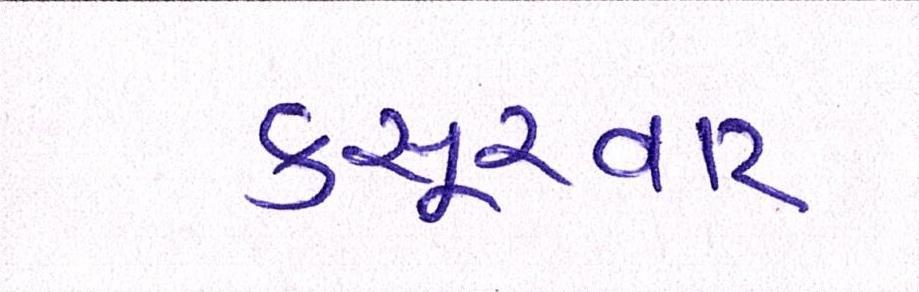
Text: કસૂરવાર